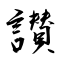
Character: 讃